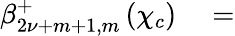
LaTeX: \begin{array}{rl}{\beta_{2{\nu}+m+1,m}^{+}\left(\chi_{c}\right)}&{{}=}\end{array}